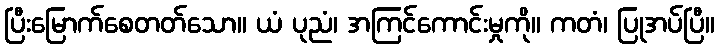
ပြီးမြောက်စေတတ်သော။ ယံ ပုညံ၊ အကြင်ကောင်းမှုကို။ ကတံ၊ ပြုအပ်ပြီ။